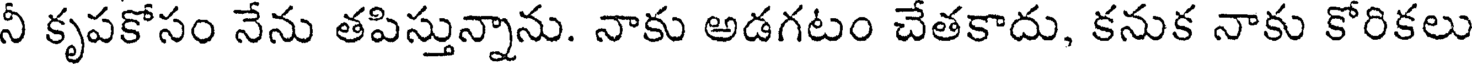
నీ కృపకోసం నేను తపిస్తున్నాను. నాకు అడగటం చేతకాదు, కనుక నాకు కోరికలు